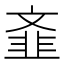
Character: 𲊦